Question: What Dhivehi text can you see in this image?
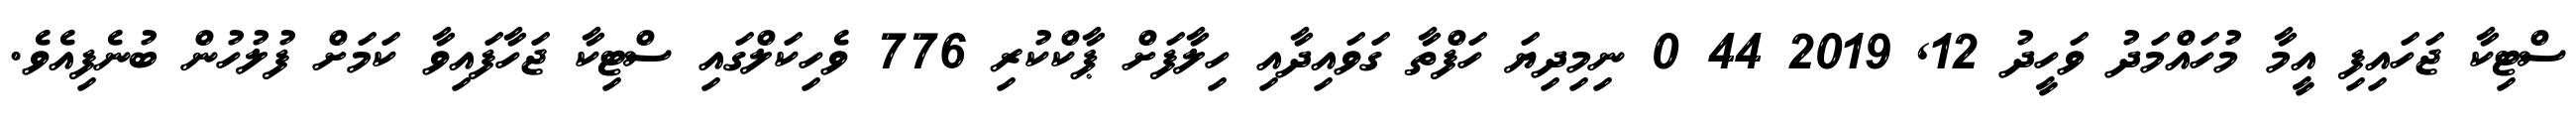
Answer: ސްޓިކާ ޖަހައިފި އީމާ މުހައްމަދު ވަހީދު 12, 2019 44 0 ނިމިދިޔަ ހަފްތާ ގަވައިދާއި ހިލާފަށް ޕާކްކުރި 776 ވެހިކަލްގައި ސްޓިކާ ޖަހާފައިވާ ކަމަށް ފުލުހުން ބުނެފިއެވެ.